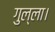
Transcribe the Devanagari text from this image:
गुल्ला।